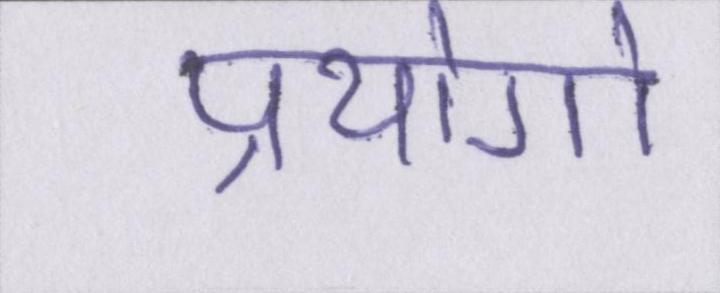
प्रयोगो